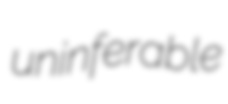
uninferable